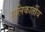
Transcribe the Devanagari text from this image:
गुलिकार्तीय